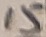
Text: 15